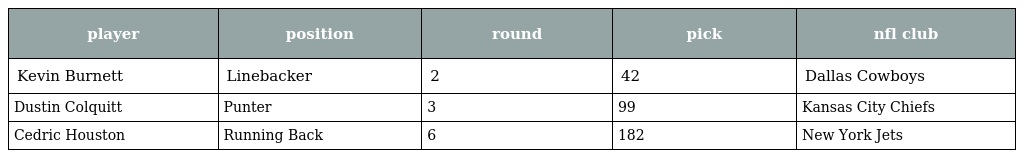
| player | position | round | pick | nfl club |
 | --- | --- | --- | --- | --- |
 | Kevin Burnett | Linebacker | 2 | 42 | Dallas Cowboys |
 | Dustin Colquitt | Punter | 3 | 99 | Kansas City Chiefs |
 | Cedric Houston | Running Back | 6 | 182 | New York Jets |